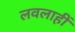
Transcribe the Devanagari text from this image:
लवलाहीं